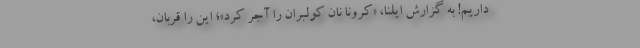
داریم! به گزارش ایلنا، «کرونا نان کولبران را آجر کرد»؛ این را قربان،